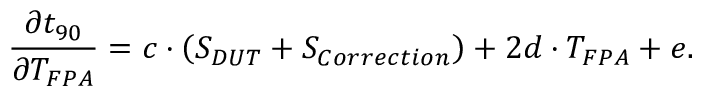
\frac { \partial t _ { 9 0 } } { \partial T _ { F P A } } = c \cdot \left( S _ { D U T } + S _ { C o r r e c t i o n } \right) + 2 d \cdot T _ { F P A } + e \mathrm { . }